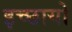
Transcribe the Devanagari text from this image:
इच्छायो